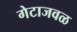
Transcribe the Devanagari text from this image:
गेटाजवळ